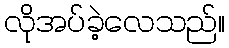
လိုအပ်ခဲ့လေသည်။